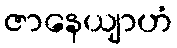
ဇာနေယျာဟံ